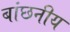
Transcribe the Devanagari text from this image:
बांछनीय